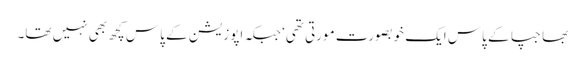
بھاجپا کے پاس ایک خوبصورت مورتی تھی‘ جبکہ اپوزیشن کے پاس کچھ بھی نہیں تھا۔